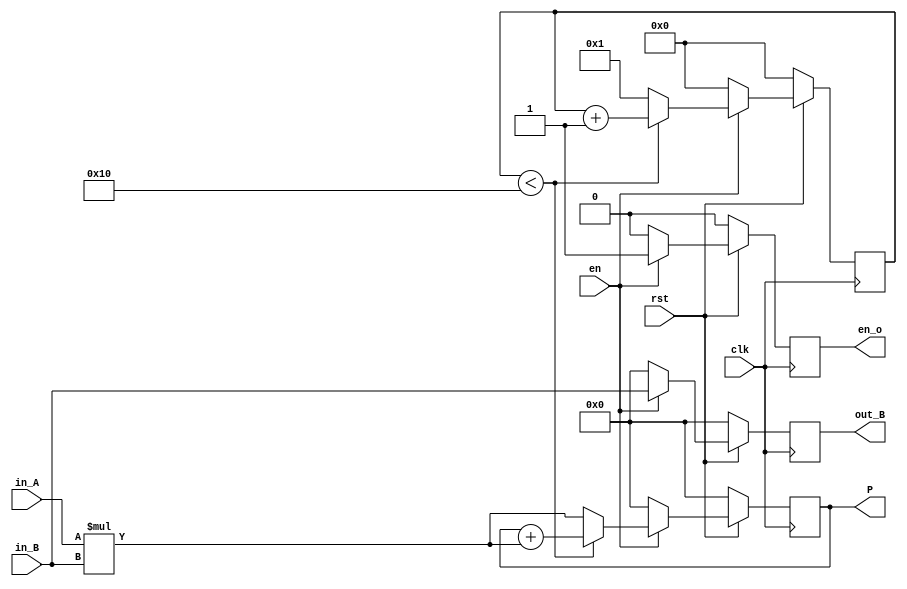
`timescale 1ns / 1ps
//////////////////////////////////////////////////////////////////////////////////
// Company: 
// Engineer: 
// 
// Design Name: 
// Module Name: PE
// Project Name: 
// Target Devices: 
// Tool Versions: 
// Description: 
// 
// Dependencies: 
// 
// Revision:
// Revision 0.01 - File Created
// Additional Comments:
// 
//////////////////////////////////////////////////////////////////////////////////

module PE#(parameter WIDTH=8, DIMENSION=16) //DIMENSION is the time of MAC operation
(clk,rst,en,in_A,in_B,out_B,P,en_o

    );
    input clk;
    input rst;
    input en;
    input [WIDTH-1:0] in_A;
    input [WIDTH-1:0] in_B;
    output reg [WIDTH-1:0] out_B;
    output reg[WIDTH-1:0] P;
    output reg en_o;
   
     reg[WIDTH-1:0] P_tmp;
     reg [4:0] count;
   
    always @(posedge clk)
    begin
    if(!rst )
    begin
    out_B<=0;
    P<=0;
    P_tmp<=0;
    en_o<=0;

    end
    else if(en)
    begin
    if(count<DIMENSION)
    begin
     out_B<=in_B;
     P_tmp<=0;
     P<=P+in_A*in_B;
     en_o<=1;
     end
     else
     begin
      out_B<=in_B;
     P_tmp<=0;
     P<=in_A*in_B;
     en_o<=1;
     end
    end
    else 
    begin
    out_B<=0;
    P<=0;
    P_tmp<=0;
    en_o<=0;

    end
    end
    
    always @(posedge clk)
    begin
    if(!rst)
    count<=0;
    else if (en)
      begin
       if(count<DIMENSION)
       count<=count+1;
       else
       begin
       count<=1;

       end
      end
     else
     count<=0;
    
    end
    
   
 
    
    
    
    
    
endmodule